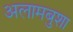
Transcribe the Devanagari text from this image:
अलामबुशा